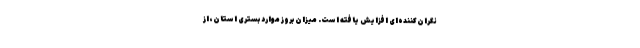
نگران‌کننده‌ای افزایش یافته است. میزان بروز موارد بستری استان، از